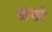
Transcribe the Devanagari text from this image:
ग्राफो